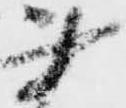
書